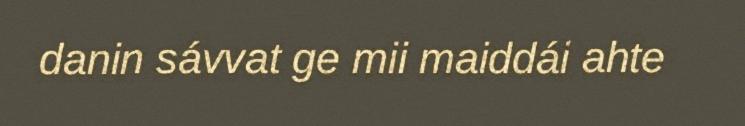
danin sávvat ge mii maiddái ahte